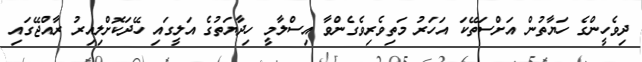
ދިވެެހީންގެ ހަޔާތުން އަށްސަތޭކަ އަހަރު މަތިވެރިވެގެންވާ އިސްލާމީ ހިދާޔަތުގެ އަލީގައި ހޭދަކޮށްލިއިރު ރާއްޖޭގައި